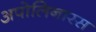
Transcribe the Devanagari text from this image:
अपोलिनारस